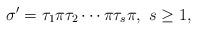
LaTeX: \begin{align*} \sigma'=\tau_1\pi\tau_2\cdots\pi\tau_s\pi,\ s\geq 1, \end{align*}